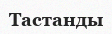
Тастанды